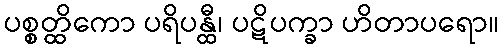
ပစ္စတ္ထိကော ပရိပန္ထီ၊ ပဋိပက္ခာ ဟိတာပရော။